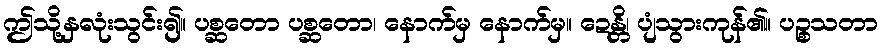
ဤသို့နှလုံးသွင်း၍။ ပစ္ဆတော ပစ္ဆတော၊ နောက်မှ နောက်မှ။ ဍေန္တိ၊ ပျံသွားကုန်၏။ ပဉ္စသတာ